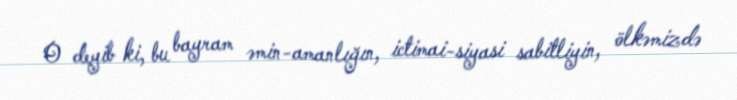
O deyib ki, bu bayram əmin-amanlığın, ictimai-siyasi sabitliyin, ölkəmizdə